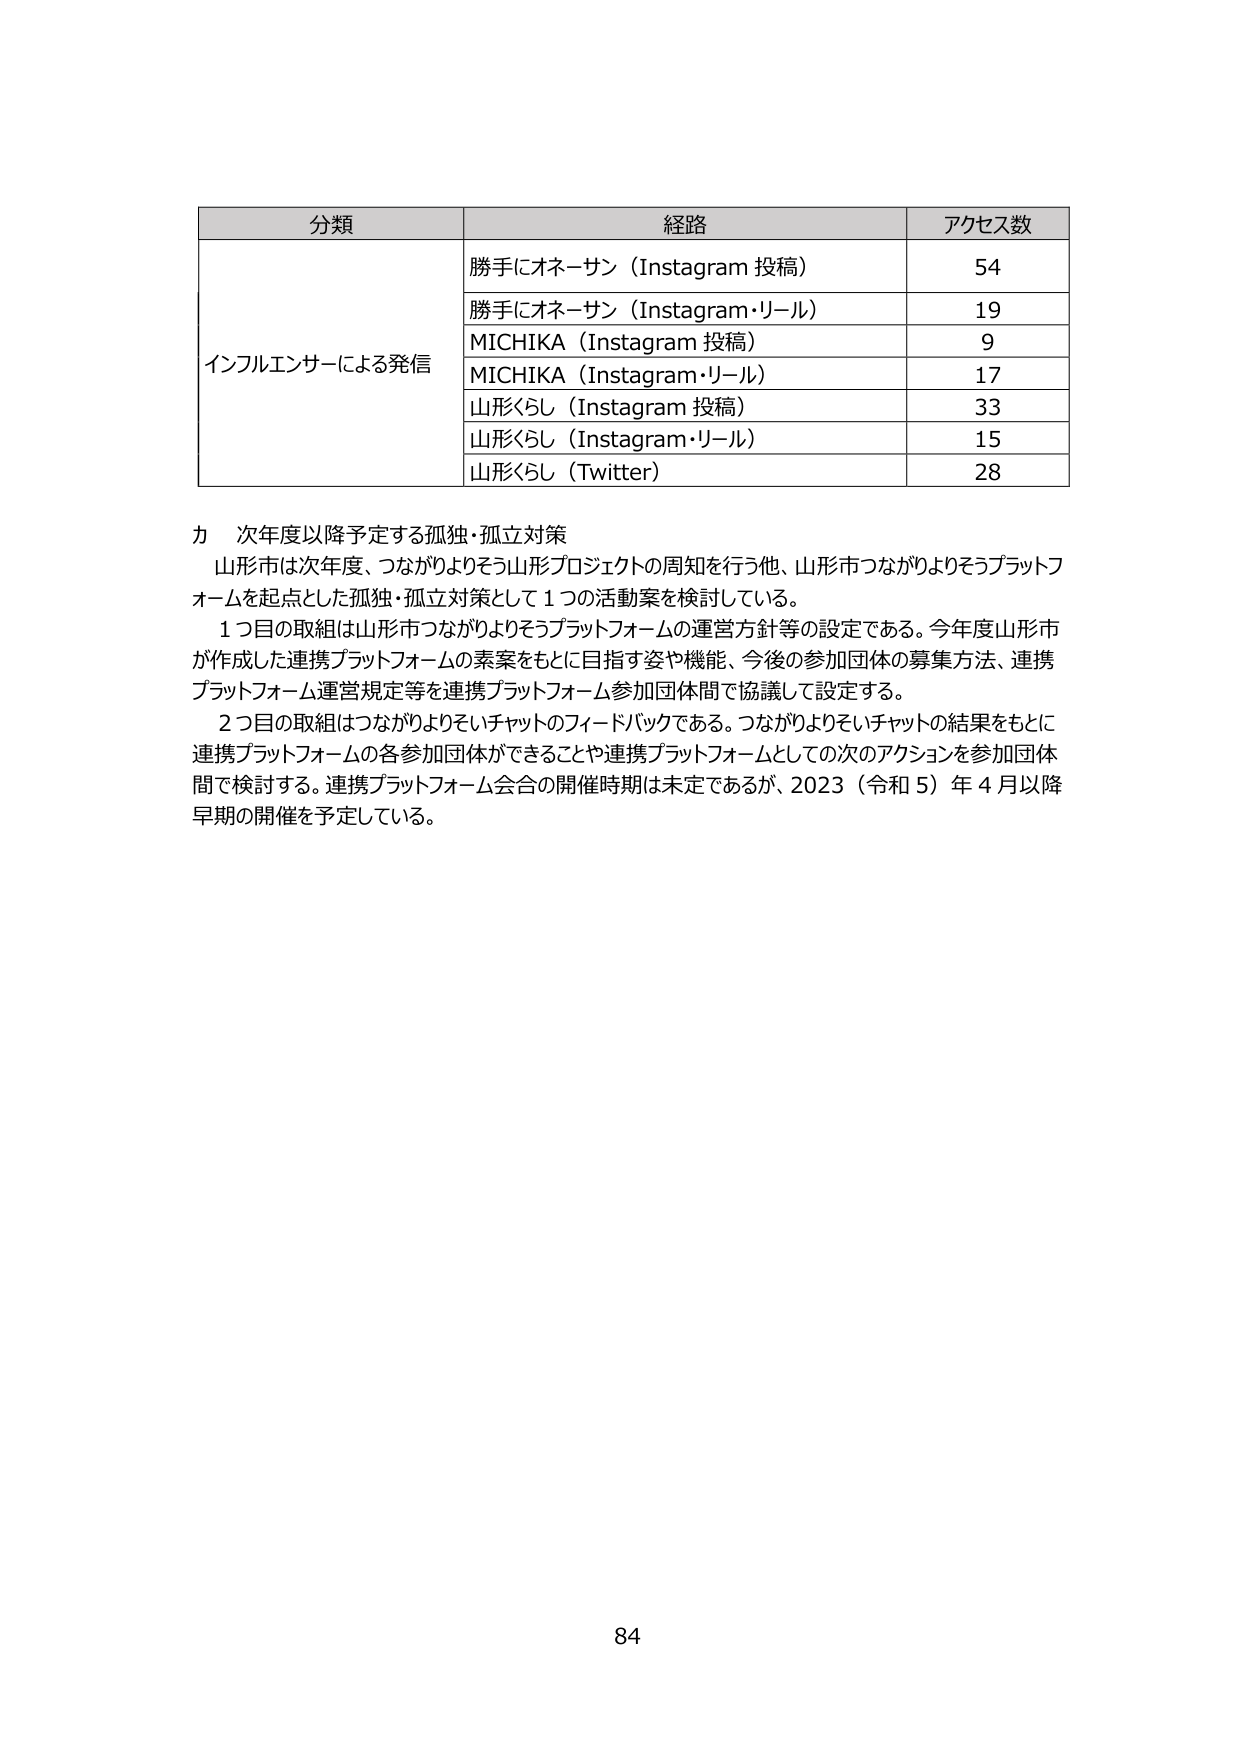
分類 経路 アクセス数
インフルエンサーによる発信 勝手にオネーサン（Instagram 投稿） 54
勝手にオネーサン（Instagram・リール） 19
MICHika（Instagram 投稿） 9
MICHika（Instagram・リール） 17
山形くらし（Instagram 投稿） 33
山形くらし（Instagram・リール） 15
山形くらし（Twitter） 28
カ 次年度以降予定する孤独・孤立対策
山形市は次年度、つながりよりそう山形プロジェクトの周知を行う他、山形市つながりよりそうプラットフォームを起点とした孤独・孤立対策として１つの活動案を検討している。
１つ目の取組は山形市つながりよりそうプラットフォームの運営方針等の設定である。今年度山形市が作成した連携プラットフォームの素案をもとに目指す姿や機能、今後の参加団体の募集方法、連携プラットフォーム運営規定等を連携プラットフォーム参加団体間で協議して設定する。
２つ目の取組はつながりよりそいチャットのフィードバックである。つながりよりそいチャットの結果をもとに連携プラットフォームの各参加団体ができることや連携プラットフォームとしての次のアクションを参加団体間で検討する。連携プラットフォーム会合の開催時期は未定であるが、2023（令和５）年４月以降早期の開催を予定している。
84